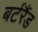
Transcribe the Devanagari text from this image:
बर्टरैंड